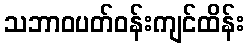
သဘာဝပတ်ဝန်းကျင်ထိန်း